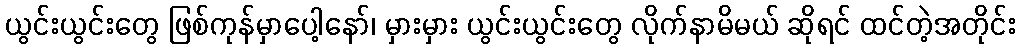
ယွင်းယွင်းတွေ ဖြစ်ကုန်မှာပေါ့နော်၊ မှားမှား ယွင်းယွင်းတွေ လိုက်နာမိမယ် ဆိုရင် ထင်တဲ့အတိုင်း